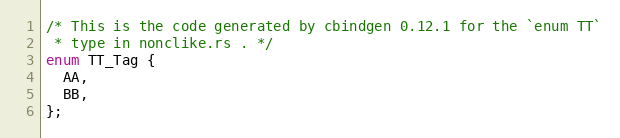
Language: C
/* This is the code generated by cbindgen 0.12.1 for the `enum TT`
 * type in nonclike.rs . */
enum TT_Tag {
  AA,
  BB,
};